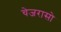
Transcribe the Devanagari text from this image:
चेजरासो